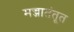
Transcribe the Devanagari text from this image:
मज्जातंतूत